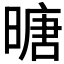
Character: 𪰼